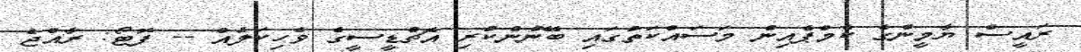
ރައީސް ޔާމީންގެ ކެމްޕެއިން މަސައްކަތުގައި ބޭނުންކުރި އެޗްޑީސީގެ ވެހިކަލެއް -- ފޮޓޯ: ރާއްޖެ